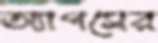
অ্যাপসের